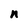
Character: n